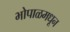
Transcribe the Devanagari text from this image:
भोपाळमधून